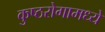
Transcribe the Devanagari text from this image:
कुष्ठरोगामध्ये